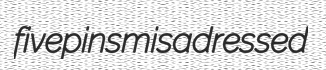
fivepins misadressed